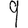
Digit: 9